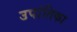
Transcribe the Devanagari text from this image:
उपांतिका